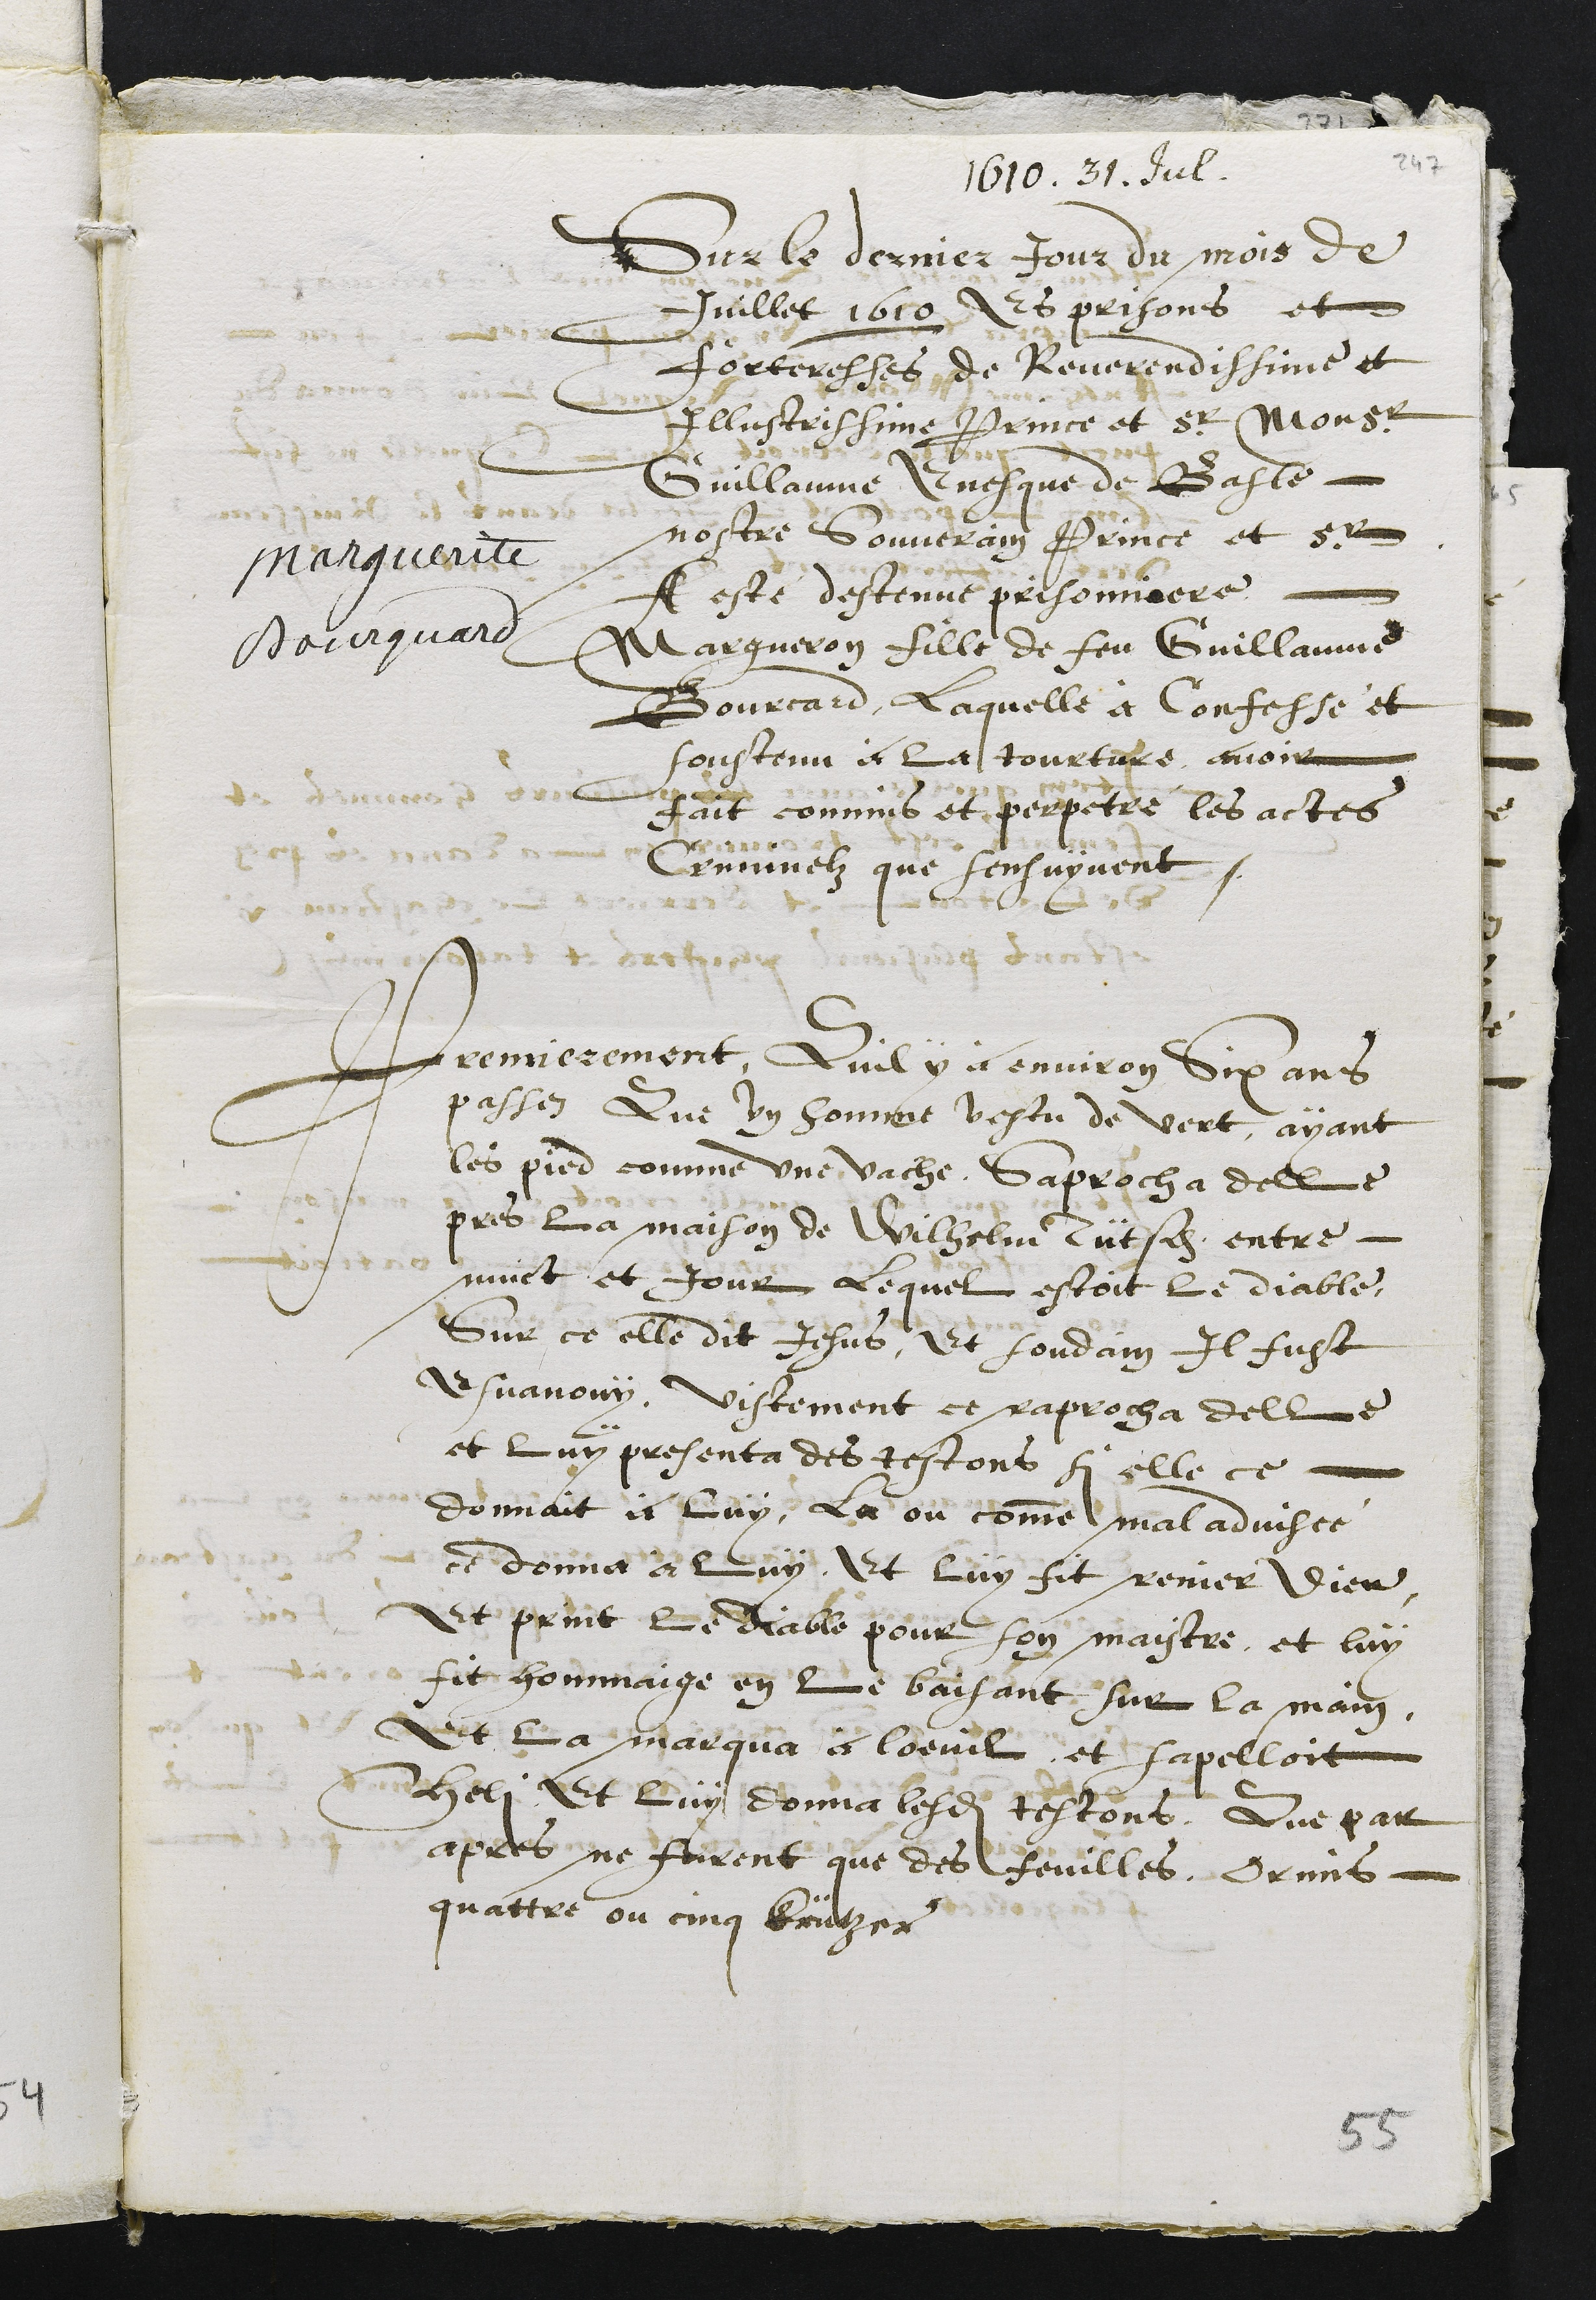
1610. 31. Jul.
Marguerite
Bourquard
Sur le dernier Jour du mois de
Juillet 1610 es prisons et
forteresses de Reverendissime et
Illustrissime Prince et Sr Monsr
Guillaume Evesque de Basle
nostre Souverain Prince et Sr
A esté destenue prisonniere
Margueron fille de feu Guillaume
Bourcard, Laquelle à Confessé et
soustenu à la tourture avoir
fait commis et perpetré les actes
Criminelz que sensuyvent.
Premierement, Quil y a environ Six ans
passez, Que un homme vestu de vert, ayant
les pied comme une vache Saprocha delle
pres la maison de Wilhelm Tütsch entre
nuict et jour lequel estoit le diable,
Sur ce elle dit Jesus, Et soudain Il fust
esvanouy, vistement ce raprocha delle
et luy presenta des testons, si elle ce
donnoit à luy, la ou comme mal advisée,
ce donna à luy, Et luy fit renier Dieu
et print le diable pour son maistre, et luy
fit hommaige en le baisant sur la main
et la marqua à loeuil et sapelloit
Heli et luy donna lesdits testons, Que par
apres ne furent que des feuilles, Ormis
quattre ou cinq Krützer

55